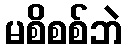
မစိစစ်ဘဲ